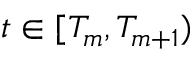
t \in [ T _ { m } , T _ { m + 1 } )